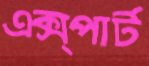
এক্স্পার্ট